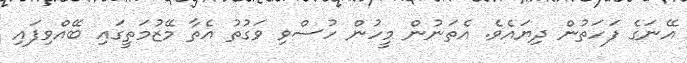
އޭނަގެ ފަހަތުން ދިޔައެވެ. އެތަނުން މީހުން ހުސްވި ވަގުތު އެތާ މޭޒުމަތީގައި ބޭއްވިފައި